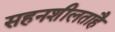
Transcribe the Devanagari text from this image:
सहनशीलताहै